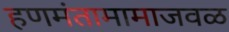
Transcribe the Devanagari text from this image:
हणमंतामामाजवळ